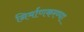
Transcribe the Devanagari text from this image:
निर्माणकरण्या